Leaving Certificate Examination, 1914
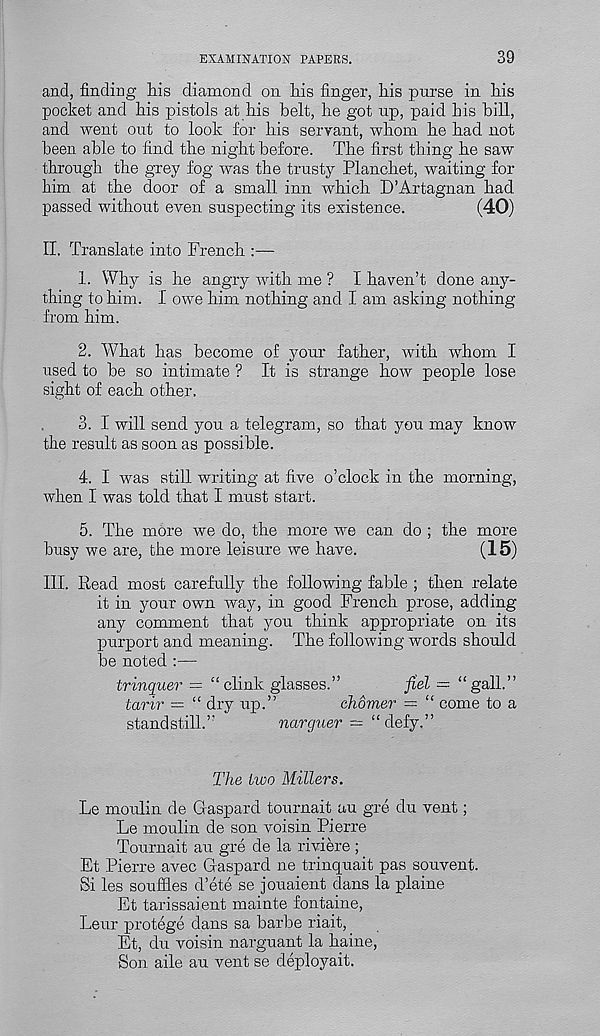
EXAMINATION PAPERS.
39
and, finding Ms diamond on Ms finger, Ms purse in Ms
pocket and fiis pistols at Ms belt, he got up, paid his bill,
and went out to look for his servant, whom he had not
been able to find the night before. The first thing he saw
through the grey fog was the trusty Planchet, waiting for
him at the door of a small inn which D’Artagnan had
passed without even suspecting its existence.
(40)
II, Translate into French :—
1. Why is he angry with me ? I haven’t done any-
thing to him. I owe him nothing and I am asking nothing
from Mm.
2. What has become of your father, with whom I
used to be so intimate ? It is strange how people lose
sight of each other.
3. I will send you a telegram, so that you may know
the result as soon as possible.
4. I was still writing at five o’clock in the morning,
when I was told that I must start.
5. The more we do, the more we can do ; the more
busy we are, the more leisure we have.
(15)
III. Read most carefully the following fable ; then relate
it in your own way, in good French prose, adding
any comment that you think appropriate on its
purport and meaning. The following words should
be noted :—
trinquer = “clink glasses.”
fiel — “gall.”
tarir = “ dry up.”
chomer = “ come to a
standstill.”
narguer = “defy.”
The two Millers.
Le moulin de Gaspard tournait au gre du vent;
Le moulin de son voisin Pierre
Tournait au gre de la riviere;
Et Pierre avec Gaspard ne trinquait pas souvent.
Si les souffles d’ete se jouaient dans la plaine
Et tarissaient mainte fontaine,
Leur protege dans sa barbe riait,
Et, du voisin narguant la haine,
Son aile au vent se deployait.